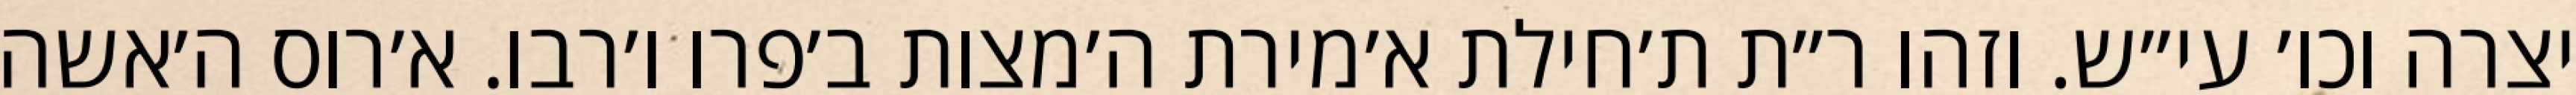
יצרה וכו׳ עי״ש. וזהו ר״ת ת׳חילת א׳מירת ה׳מצות ב׳פרו ו׳רבו. א׳רוס ה׳אשה